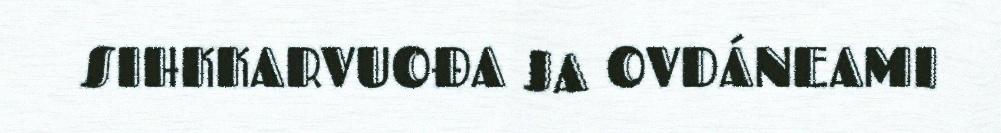
SIHKKARVUOĐA JA OVDÁNEAMI